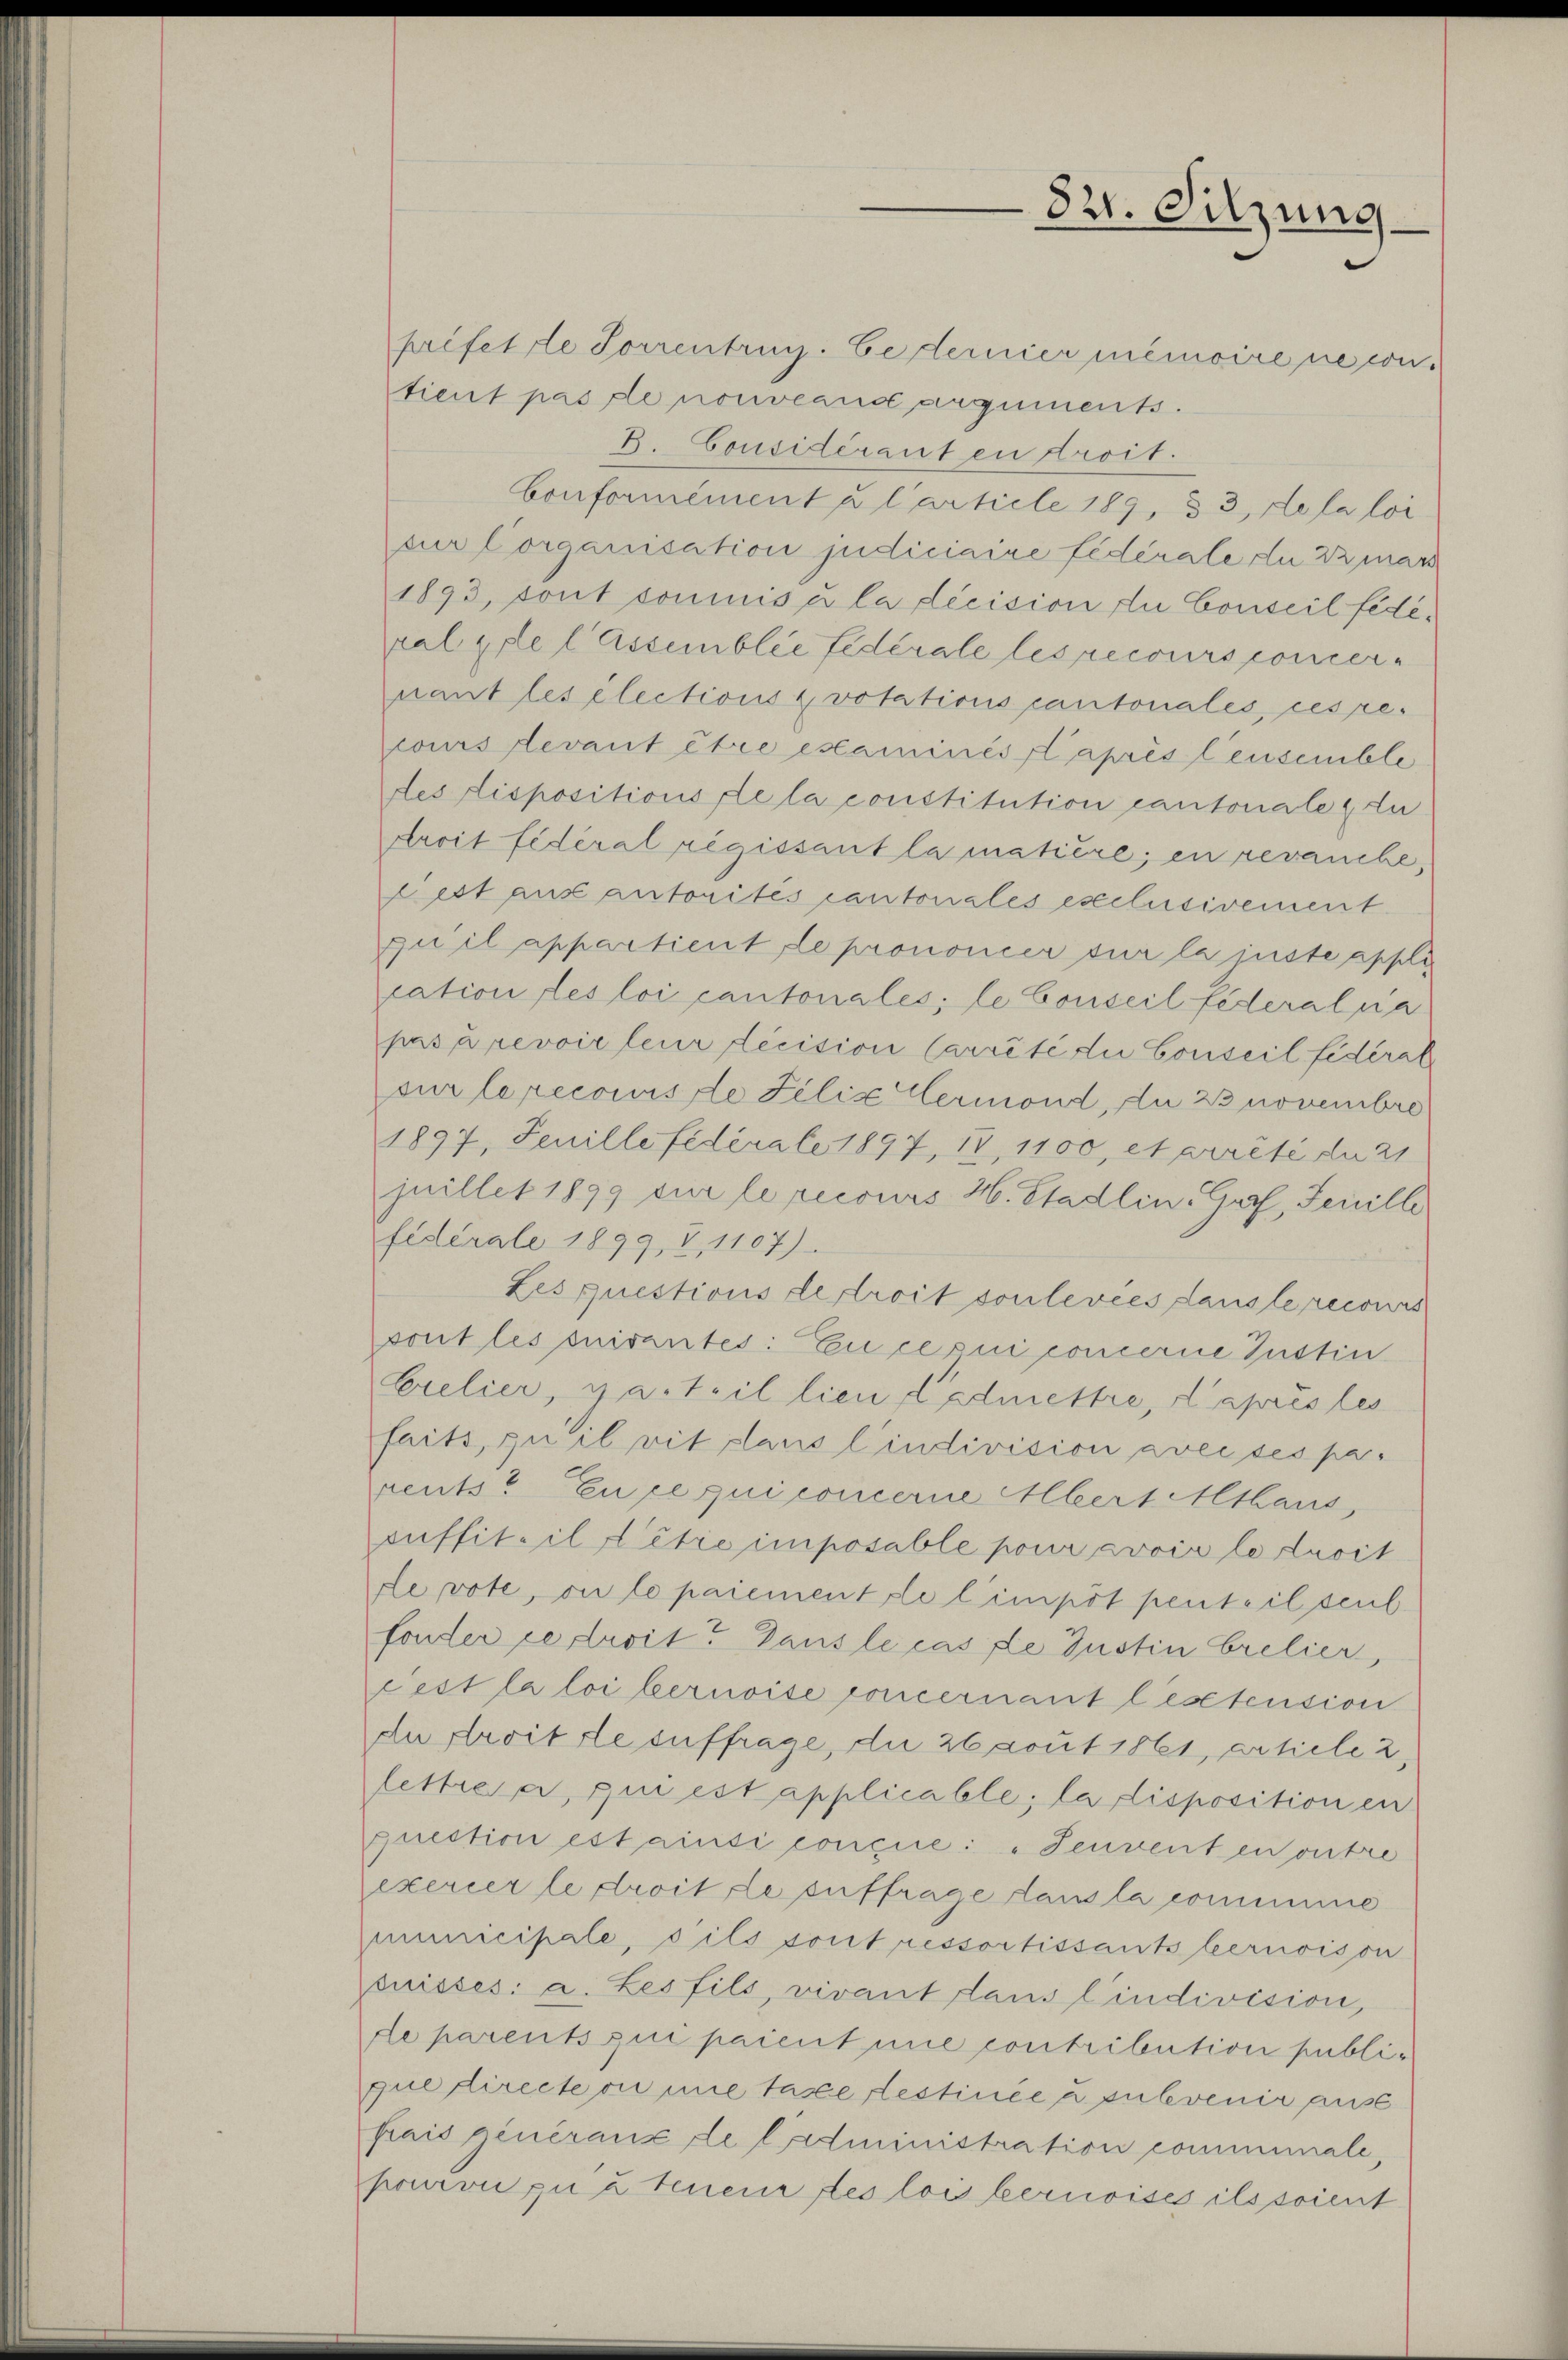
prifette Sorrentrug. Cedernier memoire ne con-
tient pas de nouveand arguments.
B. Considérant en droit.
Conformément u Carticle 189, 33, de la loi
zur Corganisation judiciaire fédérale du mar
1893, sont cominis u la décision du Conseil fédéral erle Cassemblée fédérale les recours concer
nant les élections & votations cantonales, ces recours devant être examinés après leusemble
des dispositions de la constitution cantonale zu
droit fédéral regissant la matière; en revanche,
Lest aus autorites cantonales exclusivement
quil appartient de prononcer sur la juste appli
cation des loi cantonales; le Conseil féderalsa
pasa revoir leur decision Carrêté du Conseil fédéral
sur le recouriste Felix ermond, da 23 novembre
1897, Jenille fédérale 1897, 18, 1100, et arrêté du 21
juillet 1899 sur le recours H. Stadlin. Graf, Feuille
fidérale 1899, 4, 1107)
Lesquestions de troit soulevées dans le recours
pont les suivantes: En ce qui concerne Justin
Erelier, parteil lien Cadmettre, d’après les
seits, zu il vit plans l’indivision avec ses parents. En ce qui concerne Abert Mthaus,
suffiteil détie imposable pour avoir le lucit
fe vote, ou le paiement de l’impôt penteilsent
fonder je droit. Gausle cas de Justin brelier,
cest la loi bernoise concernant lestension
du droitte auffrage, die 26 sout 1861, artiele 2,
lettre a qui est applicable; la disposition en
question est ainsi conçie: "Feuvent en outre
exercer le droit le suffrage lausla commine
municipale, ils sont ressortissants beruoison
suisses: a. Les fils, vivant Laus l’indivision,
de parents qui paient nie contribution publique director nie taxe festinée u subvenir auss
pais generaus de l’administration communale,
prurve zu à teneur des lois beruoise ils soient

821. Sitzung